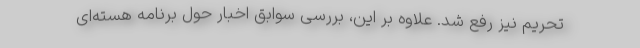
تحریم نیز رفع شد. علاوه بر این، بررسی سوابق اخبار حول برنامه هسته‌ای